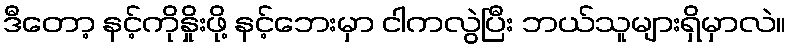
ဒီတော့ နင့်ကိုနှိုးဖို့ နင့်ဘေးမှာ ငါကလွဲပြီး ဘယ်သူများရှိမှာလဲ။